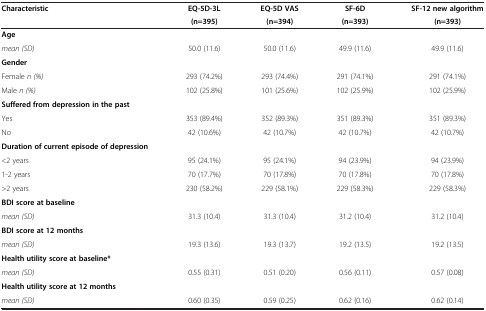
<table><thead><tr><td><b>Characteristic</b></td><td><b>EQ-5D-3L</b></td><td><b>EQ-5D VAS</b></td><td><b>SF-6D</b></td><td><b>SF-12 new algorithm</b></td></tr><tr><td><b> </b></td><td><b>(n=395)</b></td><td><b>(n=394)</b></td><td><b>(n=393)</b></td><td><b>(n=393)</b></td></tr></thead><tbody><tr><td><b>Age</b></td><td> </td><td> </td><td> </td><td> </td></tr><tr><td><i>mean (SD)</i></td><td>50.0 (11.6)</td><td>50.0 (11.6)</td><td>49.9 (11.6)</td><td>49.9 (11.6)</td></tr><tr><td><b>Gender</b></td><td> </td><td> </td><td> </td><td> </td></tr><tr><td>Female <i>n (%)</i></td><td>293 (74.2%)</td><td>293 (74.4%)</td><td>291 (74.1%)</td><td>291 (74.1%)</td></tr><tr><td>Male <i>n (%)</i></td><td>102 (25.8%)</td><td>101 (25.6%)</td><td>102 (25.9%)</td><td>102 (25.9%)</td></tr><tr><td><b>Suffered from depression in the past</b></td><td> </td><td> </td><td> </td><td> </td></tr><tr><td>Yes</td><td>353 (89.4%)</td><td>352 (89.3%)</td><td>351 (89.3%)</td><td>351 (89.3%)</td></tr><tr><td>No</td><td>42 (10.6%)</td><td>42 (10.7%)</td><td>42 (10.7%)</td><td>42 (10.7%)</td></tr><tr><td><b>Duration of current episode of depression</b></td><td> </td><td> </td><td> </td><td> </td></tr><tr><td>&lt;2 years</td><td>95 (24.1%)</td><td>95 (24.1%)</td><td>94 (23.9%)</td><td>94 (23.9%)</td></tr><tr><td>1-2 years</td><td>70 (17.7%)</td><td>70 (17.8%)</td><td>70 (17.8%)</td><td>70 (17.8%)</td></tr><tr><td>&gt;2 years</td><td>230 (58.2%)</td><td>229 (58.1%)</td><td>229 (58.3%)</td><td>229 (58.3%)</td></tr><tr><td><b>BDI score at baseline</b></td><td> </td><td> </td><td> </td><td> </td></tr><tr><td><i>mean (SD)</i></td><td>31.3 (10.4)</td><td>31.3 (10.4)</td><td>31.2 (10.4)</td><td>31.2 (10.4)</td></tr><tr><td><b>BDI score at 12 months</b></td><td> </td><td> </td><td> </td><td> </td></tr><tr><td><i>mean (SD)</i></td><td>19.3 (13.6)</td><td>19.3 (13.7)</td><td>19.2 (13.5)</td><td>19.2 (13.5)</td></tr><tr><td><b>Health utility score at baseline*</b></td><td> </td><td> </td><td> </td><td> </td></tr><tr><td><i>mean (SD)</i></td><td>0.55 (0.31)</td><td>0.51 (0.20)</td><td>0.56 (0.11)</td><td>0.57 (0.08)</td></tr><tr><td><b>Health utility score at 12 months</b></td><td> </td><td> </td><td> </td><td> </td></tr><tr><td><i>mean (SD)</i></td><td>0.60 (0.35)</td><td>0.59 (0.25)</td><td>0.62 (0.16)</td><td>0.62 (0.14)</td></tr></tbody></table>